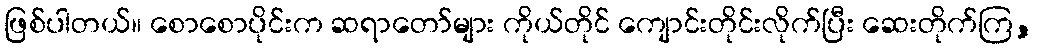
ဖြစ်ပါတယ်။ စောစောပိုင်းက ဆရာတော်များ ကိုယ်တိုင် ကျောင်းတိုင်းလိုက်ပြီး ဆေးတိုက်ကြ,